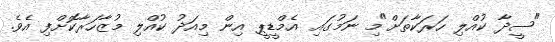
"ސީދާ ކުއްލި ހަރަކާތަށް"މި ނަމުގައި އެމްޑީޕީ އިން މިއަދު ކުއްލި މުޒާހަރާކޮށްފި އެވެ.